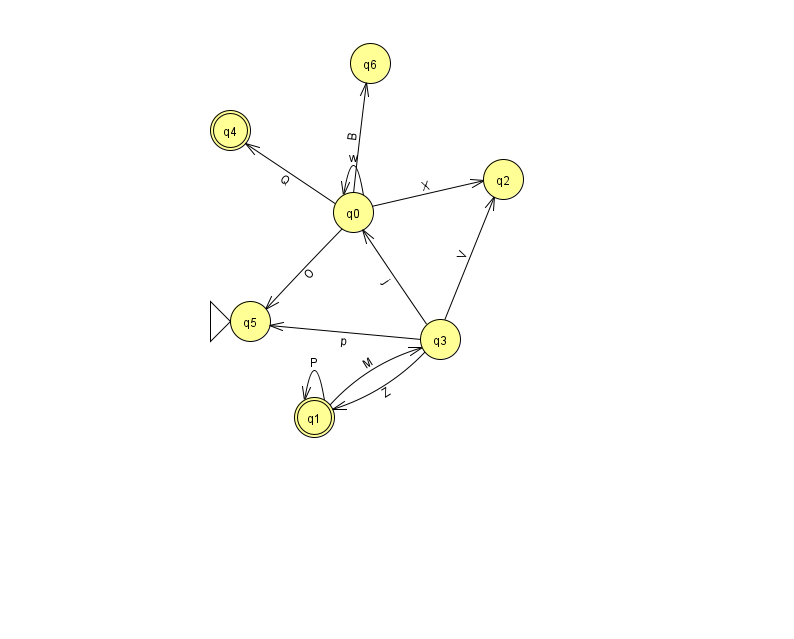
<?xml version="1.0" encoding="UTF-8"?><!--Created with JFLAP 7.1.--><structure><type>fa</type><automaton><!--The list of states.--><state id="0" name="q0"><x>353.0</x><y>199.0</y></state><state id="1" name="q1"><x>314.0</x><y>404.0</y><final/></state><state id="2" name="q2"><x>503.0</x><y>166.0</y></state><state id="3" name="q3"><x>440.0</x><y>326.0</y></state><state id="4" name="q4"><x>230.0</x><y>117.0</y><final/></state><state id="5" name="q5"><x>250.0</x><y>308.0</y><initial/></state><state id="6" name="q6"><x>370.0</x><y>50.0</y></state><!--The list of transitions.--><transition><from>1</from><to>1</to><read>P</read></transition><transition><from>0</from><to>4</to><read>Q</read></transition><transition><from>3</from><to>2</to><read>V</read></transition><transition><from>3</from><to>5</to><read>p</read></transition><transition><from>0</from><to>0</to><read>w</read></transition><transition><from>1</from><to>3</to><read>M</read></transition><transition><from>0</from><to>6</to><read>B</read></transition><transition><from>0</from><to>2</to><read>X</read></transition><transition><from>0</from><to>5</to><read>O</read></transition><transition><from>3</from><to>0</to><read>j</read></transition><transition><from>3</from><to>1</to><read>Z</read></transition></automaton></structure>